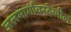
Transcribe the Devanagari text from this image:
जलमार्गावरदेखील